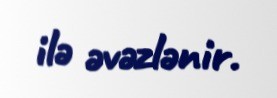
ilə əvəzlənir.